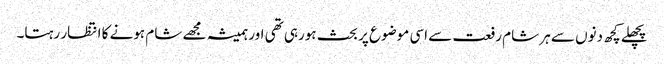
پچھلے کچھ دنوں سے ہر شام رفعت سے اسی موضوع پر بحث ہورہی تھی اور ہمیشہ مجھے شام ہونے کا انتظار رہتا۔